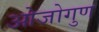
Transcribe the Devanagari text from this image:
ओजोगुण